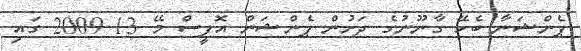
ޕެންޝަނާ ބެހޭ ގާނޫނުގެ ދަށުން ޕެންޝަން އޮފީސް މޭ 13 2009 ގައި